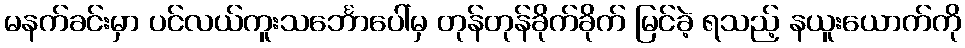
မနက်ခင်းမှာ ပင်လယ်ကူးသင်္ဘောပေါ်မှ တုန်တုန်ခိုက်ခိုက် မြင်ခဲ့ ရသည့် နယူးယောက်ကို